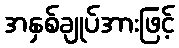
အနှစ်ချုပ်အားဖြင့်